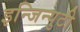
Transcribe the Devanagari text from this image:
इन्जिन्युटी